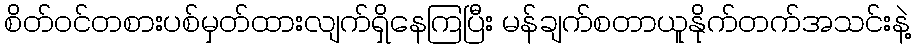
စိတ်ဝင်တစားပစ်မှတ်ထားလျက်ရှိနေကြပြီး မန်ချက်စတာယူနိုက်တက်အသင်းနဲ့